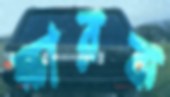
ক্ষারক